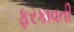
ફરકાવતી